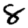
Digit: 8